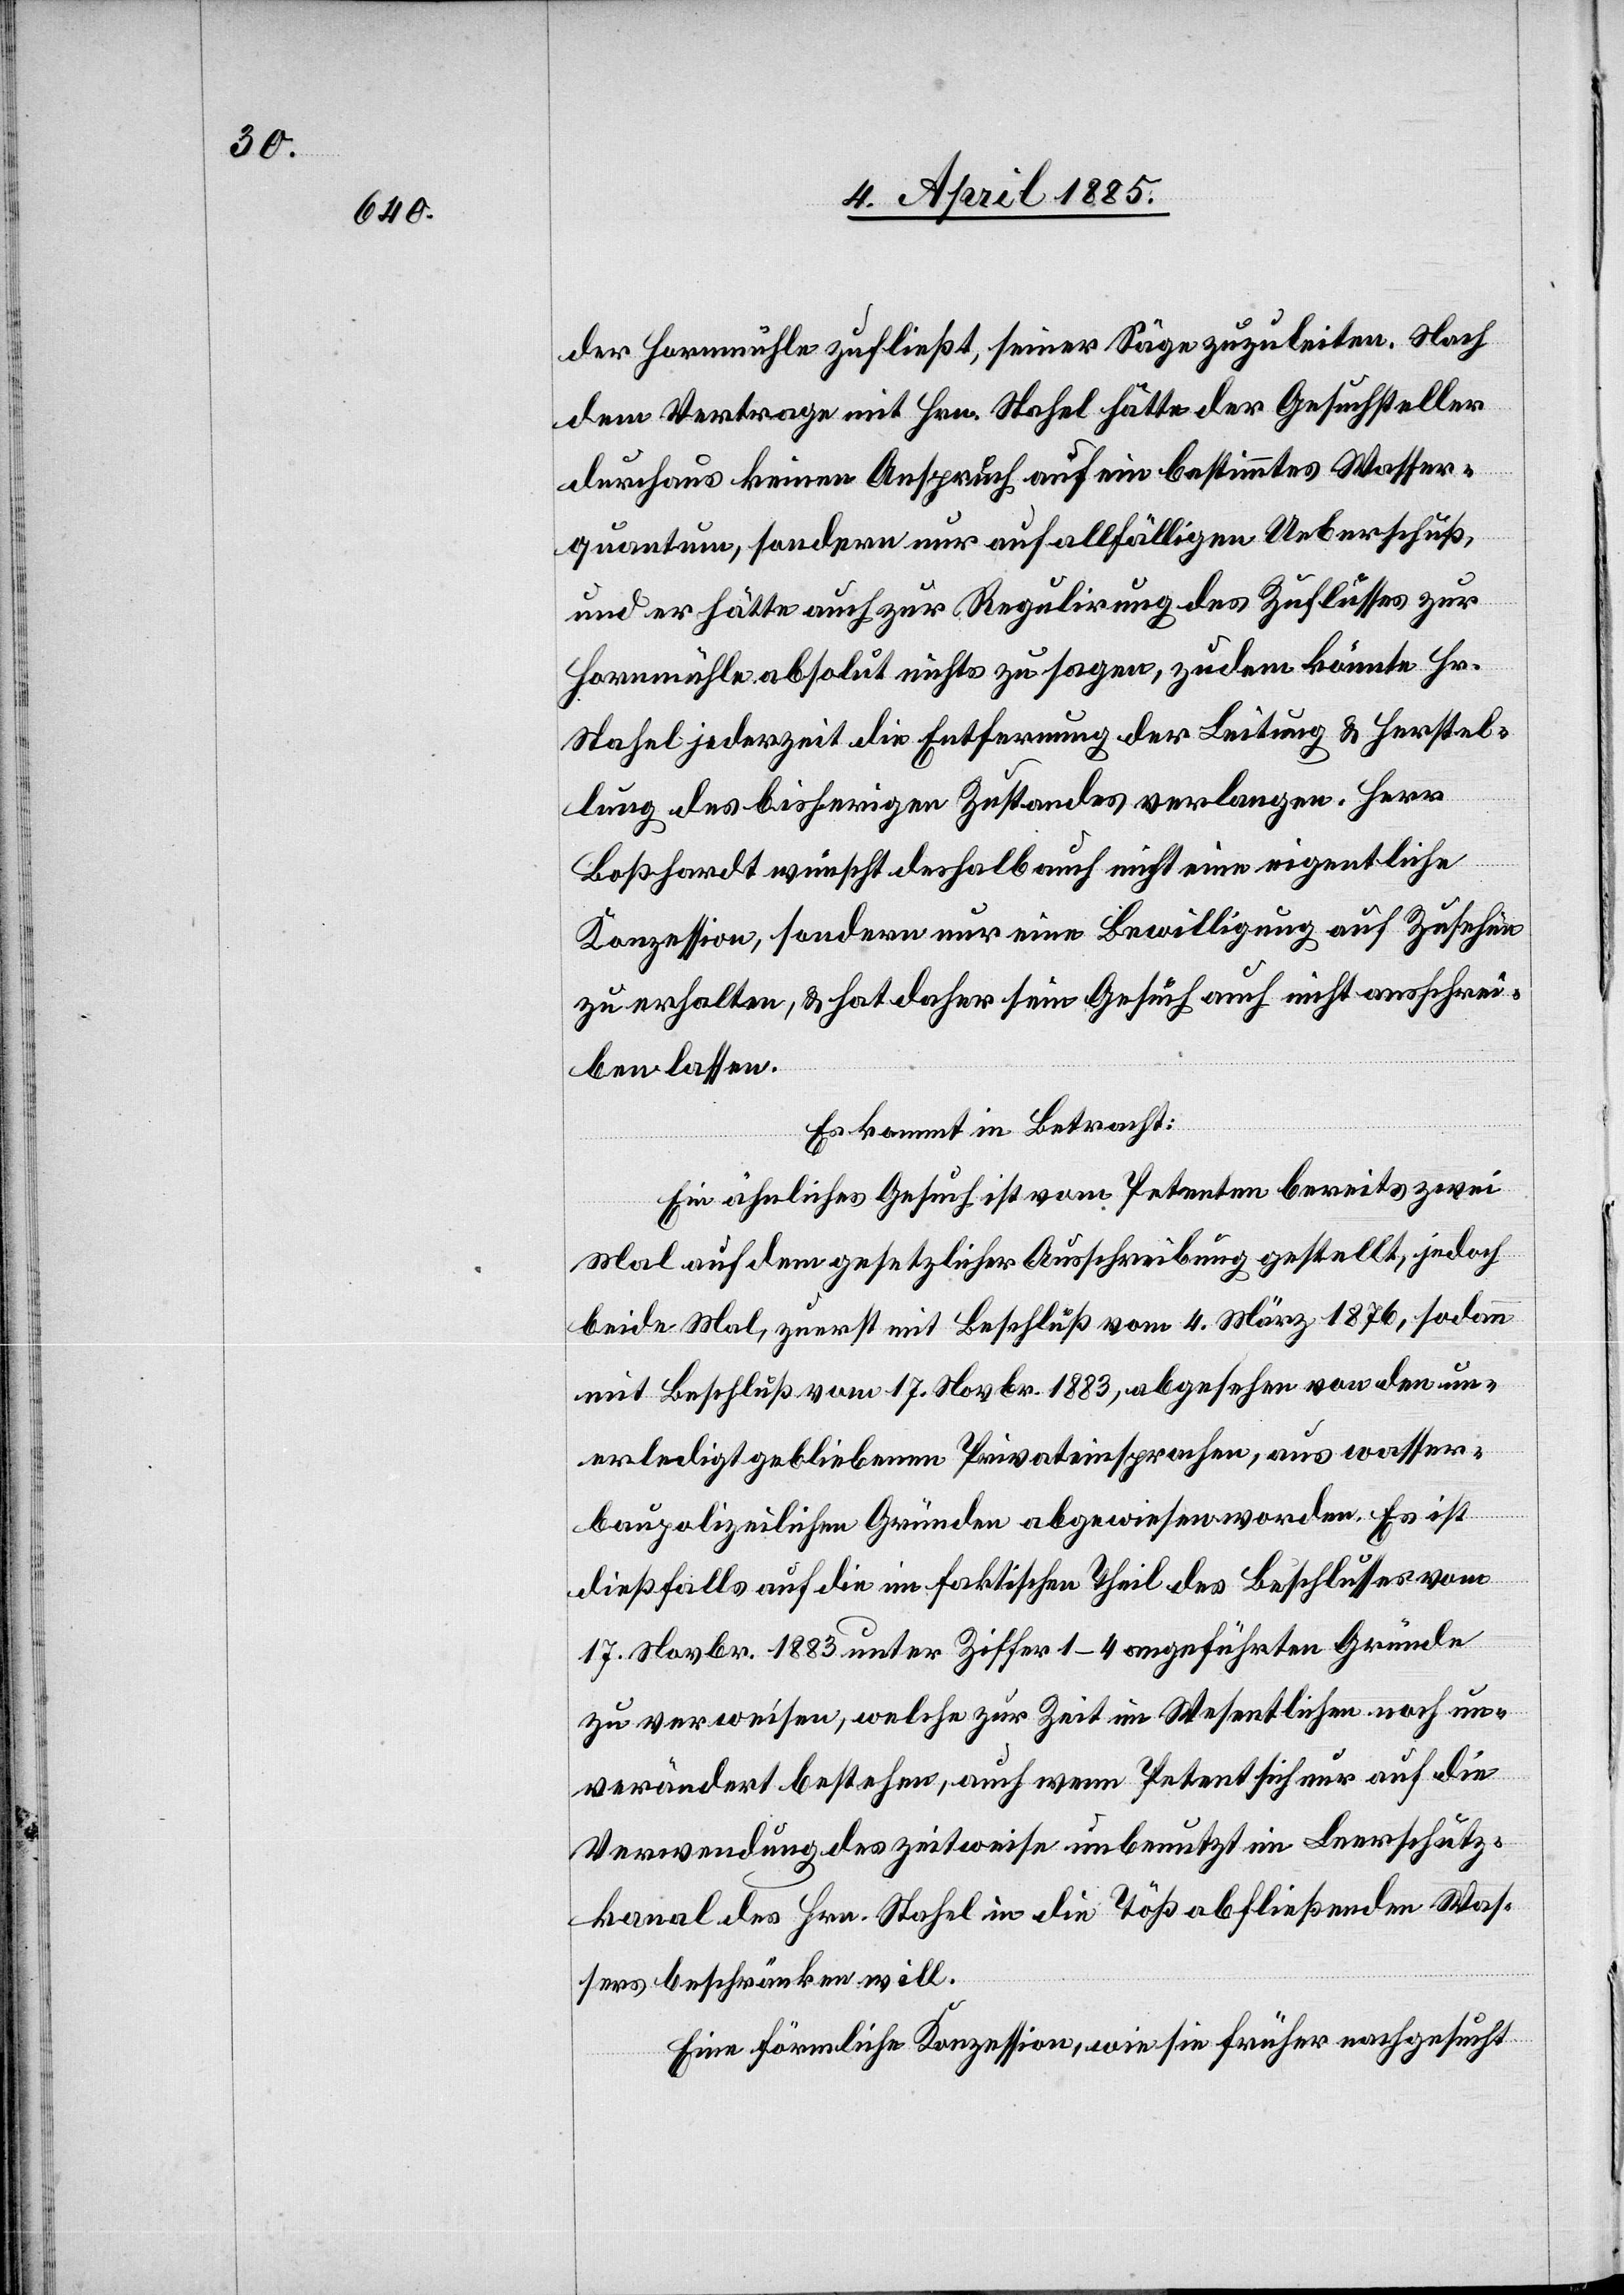
der Hornmühle zufließt, seiner Säge zuzuleiten. Nach
dem Vertrage mit Hrn. Stahel hätte der Gesuchsteller
durchaus keinen Anspruch auf ein bestimmtes Wasser¬
quantum, sondern nur auf allfälligen Ueberschuß,
und er hätte auch zur Regulirung des Zuflusses zur
Hornmühle absolut nichts zu sagen, zudem könnte Hr.
Stahel jederzeit die Entfernung der Leitung & Herstel¬
lung des bisherigen Zustandes verlangen. Herr
Boßhardt wünscht deshalb auch nicht eine eigentliche
Konzession, sondern nur eine Bewilligung auf Zusehen
zu erhalten, & hat daher sein Gesuch auch nicht ausschrei¬
ben lassen.
Es kommt in Betracht:
Ein ähnliches Gesuch ist vom Petenten bereits zwei
Mal auf dem [Weg] gesetzlicher Ausschreibung gestellt, jedoch
beide Mal, zuerst mit Beschluß vom 4. März 1876, sodann
mit Beschluß vom 17. Novbr. 1883, abgesehen von den un¬
erledigt gebliebenen Privateinsprachen, aus wasser¬
baupolizeilichen Gründen abgewiesen worden. Es ist
dießfalls auf die im faktischen Theil des Beschlusses vom
17. Novbr. 1883 unter Ziffer 1–4 angeführten Gründe
zu verweisen, welche zur Zeit im Wesentlichen noch un¬
verändert bestehen, auch wenn Petent sich nur auf die
Verwendung des zeitweise unbenutzt im Leerschutz¬
kanal des Hrn. Stahel in die Töß abfließenden Was¬
sers beschränken will.
Eine förmliche Konzession, wie sie früher nachgesucht